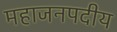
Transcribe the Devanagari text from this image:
महाजनपदीय